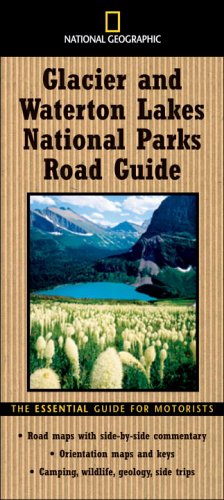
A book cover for National Geographic Road Guide to Glacier and Waterton Lakes National Parks (National Geographic Road Guides); Thomas Schmidt; Travel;